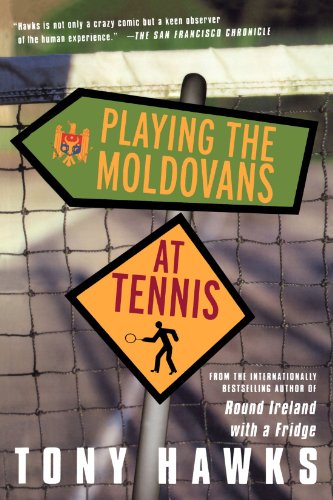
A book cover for Playing the Moldovans at Tennis; Tony Hawks; Travel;